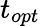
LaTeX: t_{opt}